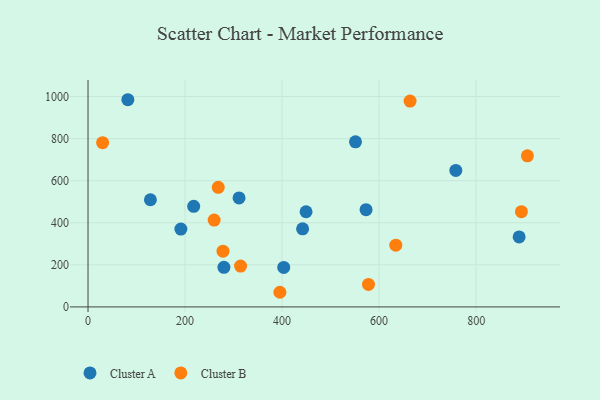
{"axis": {"x": "Investment", "y": "Rating"}, "legend": ["Cluster A", "Cluster B"], "data": [{"x": "758.1", "y": 648.7, "type": "Cluster A"}, {"x": "217.8", "y": 478.0, "type": "Cluster A"}, {"x": "311.3", "y": 518.3, "type": "Cluster A"}, {"x": "551.3", "y": 785.0, "type": "Cluster A"}, {"x": "888.6", "y": 332.8, "type": "Cluster A"}, {"x": "403.4", "y": 187.5, "type": "Cluster A"}, {"x": "573.1", "y": 462.1, "type": "Cluster A"}, {"x": "82.1", "y": 984.9, "type": "Cluster A"}, {"x": "442.3", "y": 371.1, "type": "Cluster A"}, {"x": "191.4", "y": 369.9, "type": "Cluster A"}, {"x": "128.6", "y": 509.5, "type": "Cluster A"}, {"x": "280.1", "y": 188.0, "type": "Cluster A"}, {"x": "449.4", "y": 452.4, "type": "Cluster A"}, {"x": "314.4", "y": 194.0, "type": "Cluster B"}, {"x": "395.5", "y": 69.6, "type": "Cluster B"}, {"x": "634.4", "y": 293.5, "type": "Cluster B"}, {"x": "268.4", "y": 568.6, "type": "Cluster B"}, {"x": "30.1", "y": 780.9, "type": "Cluster B"}, {"x": "663.8", "y": 978.6, "type": "Cluster B"}, {"x": "278.2", "y": 265.2, "type": "Cluster B"}, {"x": "893.3", "y": 452.9, "type": "Cluster B"}, {"x": "260.0", "y": 412.7, "type": "Cluster B"}, {"x": "578.1", "y": 107.1, "type": "Cluster B"}, {"x": "905.6", "y": 718.3, "type": "Cluster B"}]}